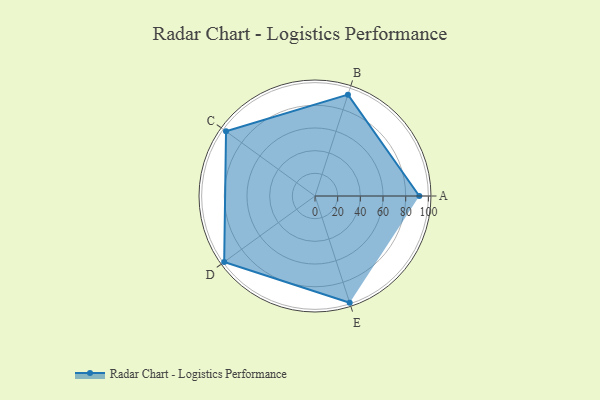
{"axis": {"x": "Skill", "y": "Score"}, "legend": ["Profile"], "data": [{"x": "A", "y": 92.0, "type": "Profile"}, {"x": "B", "y": 94.0, "type": "Profile"}, {"x": "C", "y": 97.0, "type": "Profile"}, {"x": "D", "y": 99, "type": "Profile"}, {"x": "E", "y": 99, "type": "Profile"}]}